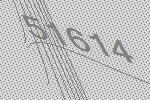
51614